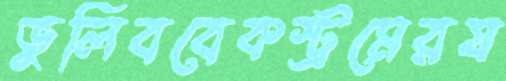
ভুলিববেকস্ট্রমেরয